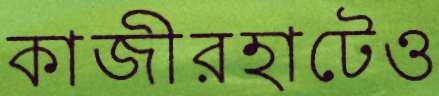
কাজীরহাটেও